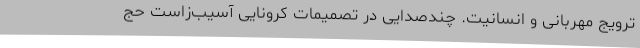
ترویج مهربانی و انسانیت. چندصدایی در تصمیمات کرونایی آسیب‌زاست حج